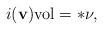
LaTeX: \begin{align*}i({\bf v}) {\rm vol}=*\nu,\end{align*}